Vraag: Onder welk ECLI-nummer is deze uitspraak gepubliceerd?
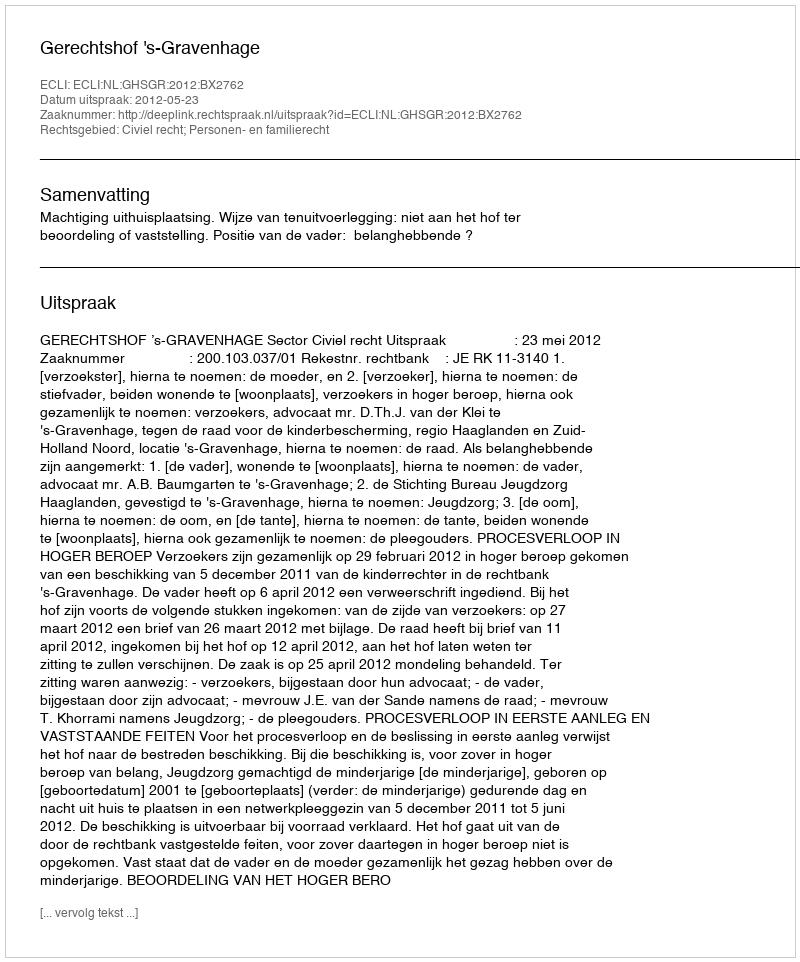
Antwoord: ECLI:NL:GHSGR:2012:BX2762